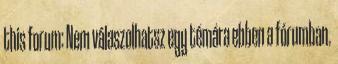
this forum: Nem válaszolhatsz egy témára ebben a fórumban.